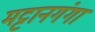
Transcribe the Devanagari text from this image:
मट्टानगंगा